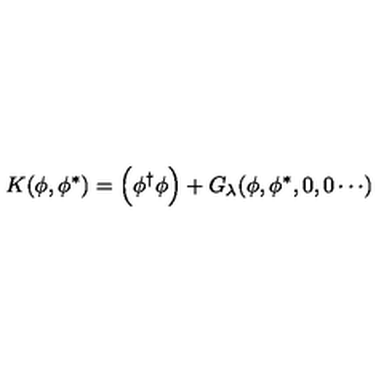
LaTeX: K ( \phi , \phi ^ { * } ) = \Big ( \phi ^ { \dagger } \phi \Big ) + G _ { \lambda } ( \phi , \phi ^ { * } , 0 , 0 \cdots )